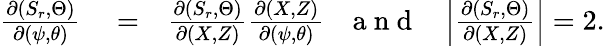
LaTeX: \begin{array}{rlr}{\frac{\partial(S_{r},\Theta)}{\partial(\psi,\theta)}}&{{}=}&{\frac{\partial(S_{r},\Theta)}{\partial(X,Z)}\frac{\partial(X,Z)}{\partial(\psi,\theta)}~~~\mathrm{~a~n~d~}~~~\left|\frac{\partial(S_{r},\Theta)}{\partial(X,Z)}\right|=2.}\end{array}